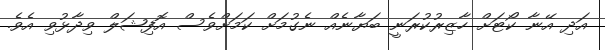
އަދި އޭނާ ކޯޓަށް ހާޒިރުކުރަނީ ބަޔާނެއް ނެގުމަށް ކަމަށްވެސް އޮފިޝަލް ވިދާޅުވި އެވެ.